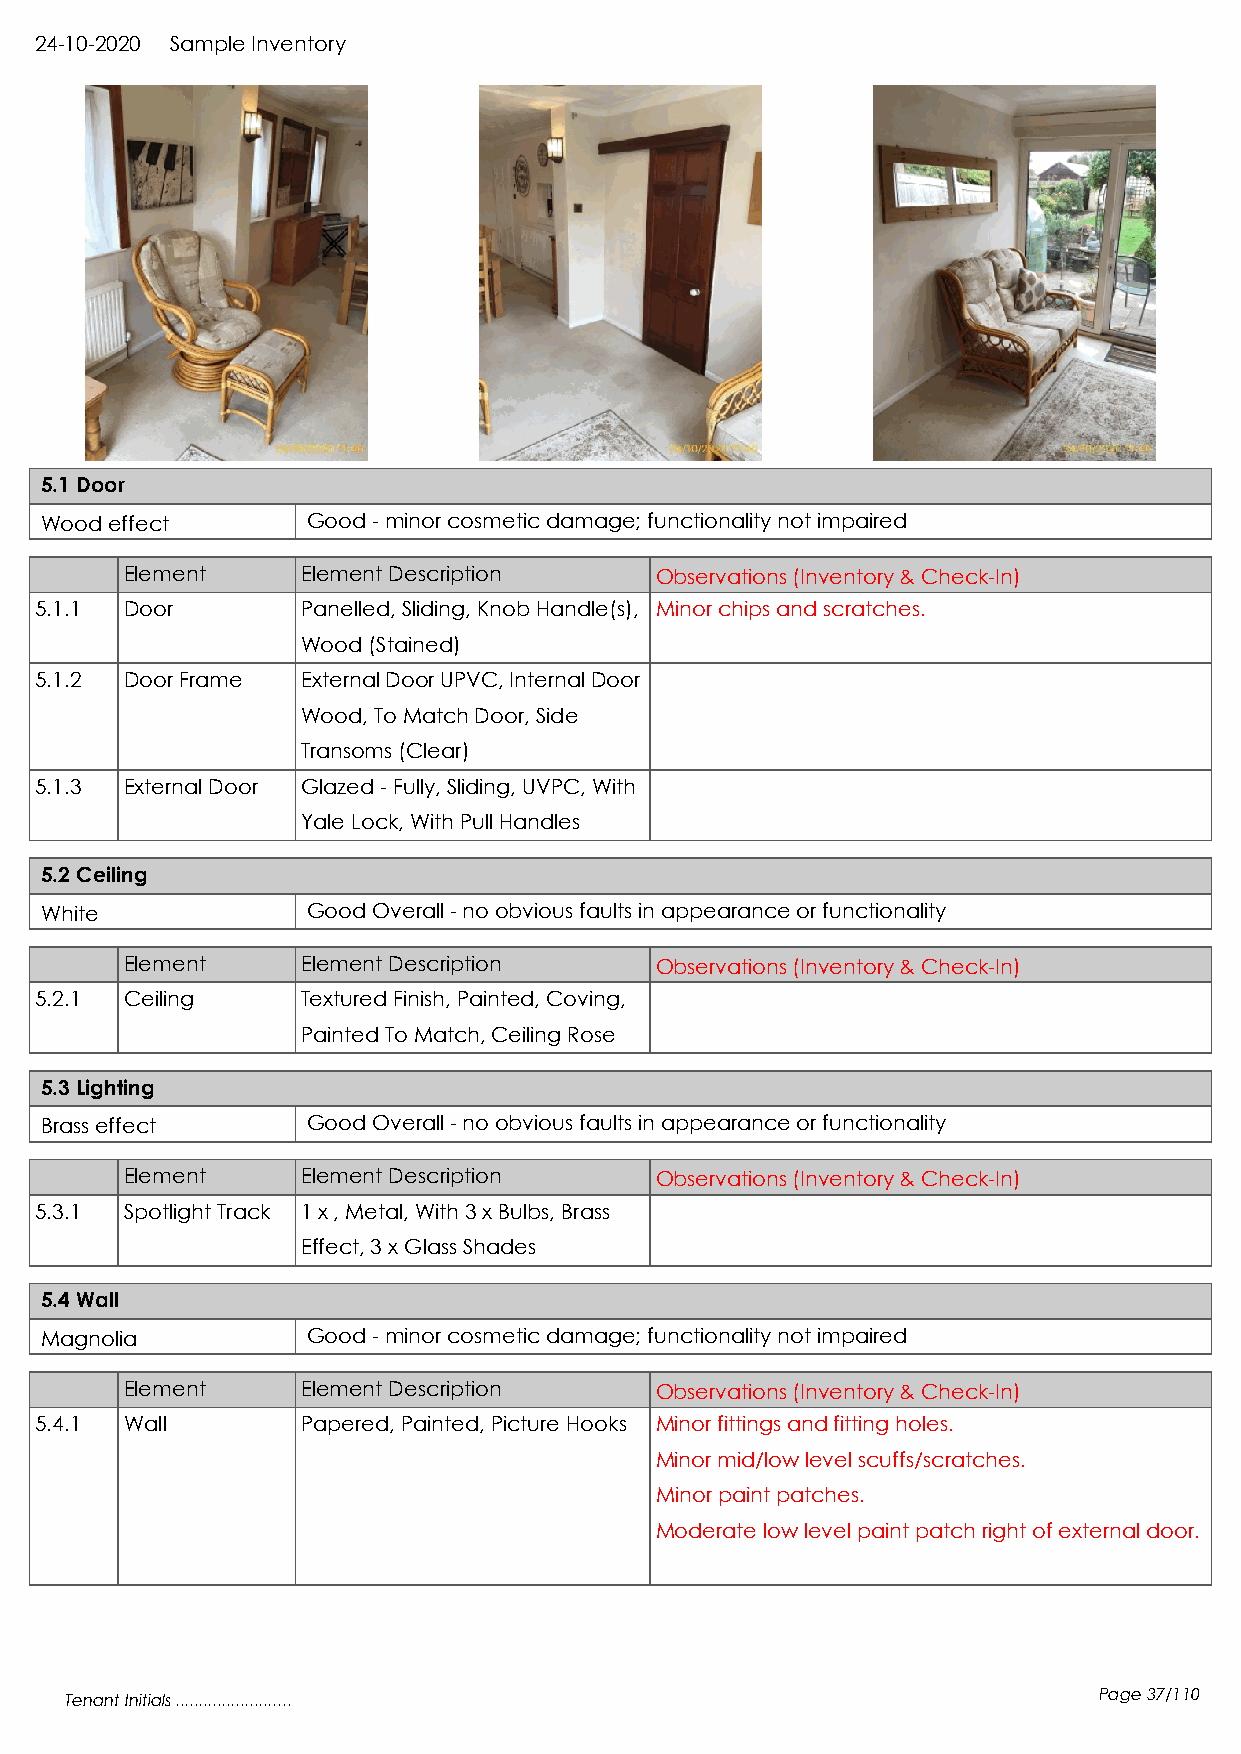
24-10-2020 Sample Inventory
 5.1 Door
 Wood effect      Good - minor cosmetic damage; functionality not impaired
 Element     Element Description    Observations (Inventory & Check-In)
 5.1.1 Door        Panelled, Sliding, Knob Handle(s), Minor chips and scratches.
 Wood (Stained)
 5.1.2 Door Frame  External Door UPVC, Internal Door
 Wood, To Match Door, Side
 Transoms (Clear)
 5.1.3 External Door Glazed - Fully, Sliding, UVPC, With
 Yale Lock, With Pull Handles
 5.2 Ceiling
 White            Good Overall - no obvious faults in appearance or functionality
 Element     Element Description    Observations (Inventory & Check-In)
 5.2.1 Ceiling     Textured Finish, Painted, Coving,
 Painted To Match, Ceiling Rose
 5.3 Lighting
 Brass effect     Good Overall - no obvious faults in appearance or functionality
 Element     Element Description    Observations (Inventory & Check-In)
 5.3.1 Spotlight Track 1 x , Metal, With 3 x Bulbs, Brass
 Effect, 3 x Glass Shades
 5.4 Wall
 Magnolia         Good - minor cosmetic damage; functionality not impaired
 Element     Element Description    Observations (Inventory & Check-In)
 5.4.1 Wall        Papered, Painted, Picture Hooks Minor fittings and fitting holes.
 Minor mid/low level scuffs/scratches.
 Minor paint patches.
 Moderate low level paint patch right of external door.
 Tenant Initials .........................                            Page 37/110